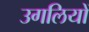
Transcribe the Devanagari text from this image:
उगलियों